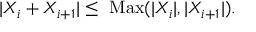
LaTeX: | X _ { i } + X _ { i + 1 } | \leq \mathrm { ~ M a x } ( | X _ { i } | , | X _ { i + 1 } | ) .